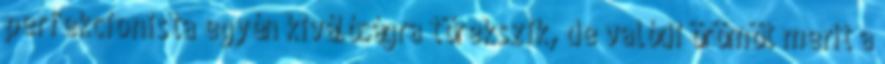
perfekcionista egyén kiválóságra törekszik, de valódi örömöt merít a